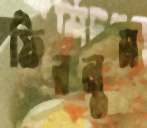
ফিরলুম